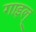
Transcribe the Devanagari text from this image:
गाइल्